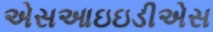
એસઆઇઇડીએસ